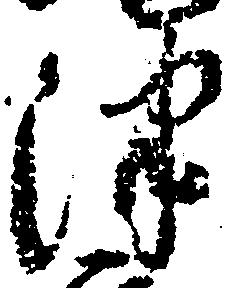
津